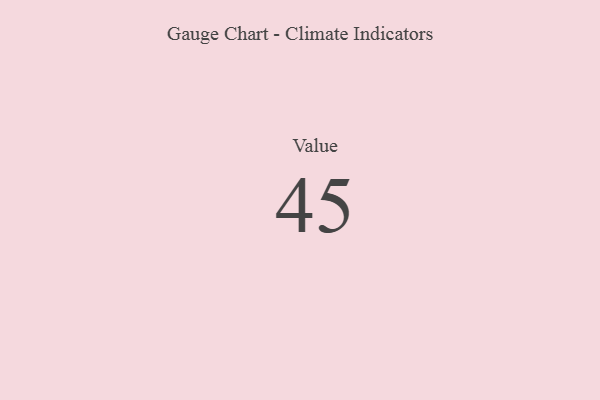
{"axis": {"x": "Metric", "y": "Value"}, "legend": [""], "data": [{"x": "Value", "y": 45, "type": ""}]}